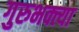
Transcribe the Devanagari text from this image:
गुरुभक्त्या